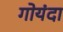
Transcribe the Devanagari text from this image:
गोयंदा